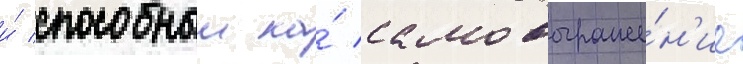
и́ способныи на́ самовыраже́н'ие